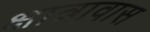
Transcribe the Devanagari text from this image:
क्षात्रावास